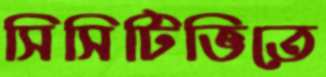
সিসিটিভিতে